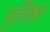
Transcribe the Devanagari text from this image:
पृतिष्ठा